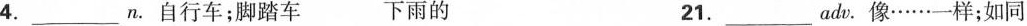
4.___n.自行车；脚踏车 下雨的 21.___adv.像……一样；如同